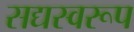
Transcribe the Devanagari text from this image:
सद्यस्वरूप